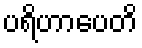
ပရိဟာပေတိ